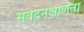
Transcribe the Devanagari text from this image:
संवेदनक्षीणता